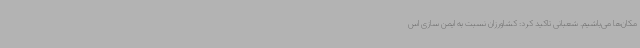
مکان‌ها می‌باشیم. شعبانی تاکید کرد: کشاورزان نسبت به ایمن سازی اس